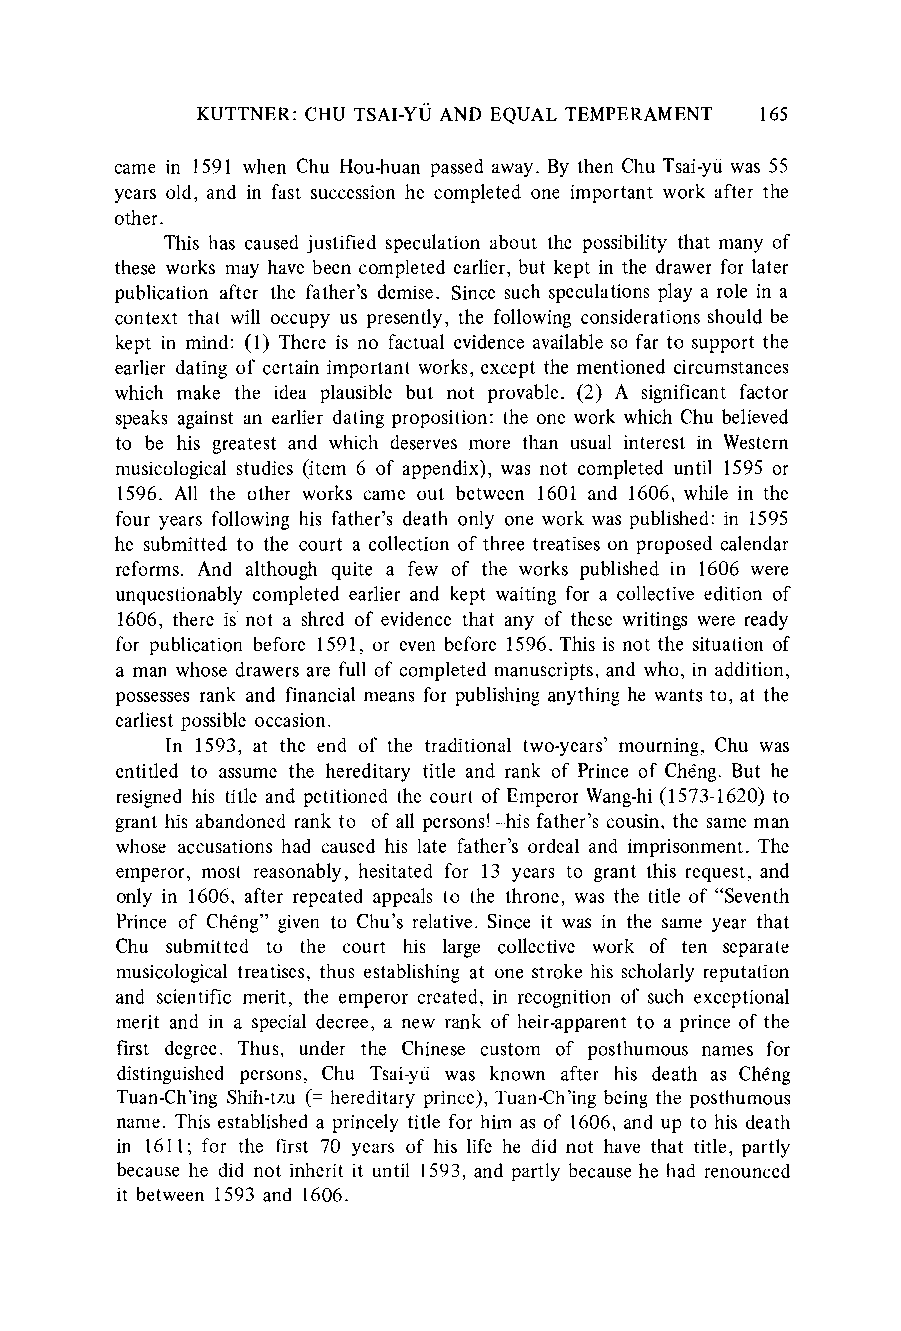
KUTTNER: CHU TSAI-YU AND EQUAL TEMPERAMENT 165
 came in 1591 when Chu Hou-huan passed away. By then Chu Tsai-yii was 55
 years old, and in fast succession he completed one important work after the
 other.
 This has caused justified speculation about the possibility that many of
 these works may have been completed earlier, but kept in the drawerf or later
 publication after the father's demise. Since such speculations play a role in a
 context that will occupy us presently, the following considerationss hould be
 kept in mind: (1) There is no factual evidence availables o far to support the
 earlier dating of certain important works, except the mentioned circumstances
 which make the idea plausible but not provable. (2) A significant factor
 speaks against an earlier dating proposition: the one work which Chu believed
 to be his greatest and which deserves more than usual interest in Western
 musicological studies (item 6 of appendix), was not completed until 1595 or
 1596. All the other works came out between 1601 and 1606, while in the
 four years following his father's death only one work was published: in 1595
 he submitted to the court a collection of three treatises on proposed calendar
 reforms. And although quite a few of the works published in 1606 were
 unquestionably completed earlier and kept waiting for a collective edition of
 1606, there is not a shred of evidence that any of these writings were ready
 for publication before 1591, or even before 1596. This is not the situation of
 a man whose drawersa re full of completed manuscripts,a nd who, in addition,
 possesses rank and financial means for publishinga nything he wants to, at the
 earliest possible occasion.
 In 1593, at the end of the traditional two-years' mourning, Chu was
 entitled to assume the hereditary title and rank of Prince of Ch6ng. But he
 resigned his title and petitioned the court of EmperorW ang-hi( 1573-1620) to
 grant his abandonedr ank to-of all persons!-his father's cousin, the same man
 whose accusations had caused his late father's ordeal and imprisonment.T he
 emperor, most reasonably, hesitated for 13 years to grant this request, and
 only in 1606, after repeated appeals to the throne, was the title of "Seventh
 Prince of Cheng" given to Chu's relative. Since it was in the same year that
 Chu submitted to the court his large collective work of ten separate
 musicological treatises, thus establishing at one stroke his scholarly reputation
 and scientific merit, the emperor created, in recognition of such exceptional
 merit and in a special decree, a new rank of heir-apparentt o a prince of the
 first degree. Thus, under the Chinese custom of posthumous names for
 distinguished persons, Chu Tsai-yu was known after his death as Cheng
 Tuan-Ch'ingS hih-tzu (= hereditary prince), Tuan-Ch'ingb eing the posthumous
 name. This establisheda princely title for him as of 1606, and up to his death
 in 1611; for the first 70 years of his life he did not have that title, partly
 because he did not inherit it until 1593, and partly because he had renounced
 it between 1593 and 1606.